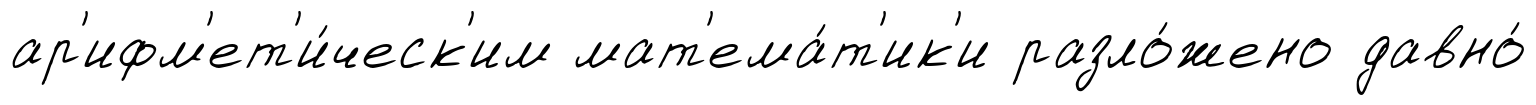
ар'ифм'ет'и́ческ'им мат'ема́т'ик'и разло́жено давно́